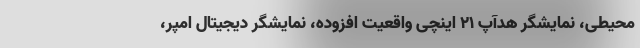
محیطی، نمایشگر هدآپ 21 اینچی واقعیت افزوده، نمایشگر دیجیتال امپر،